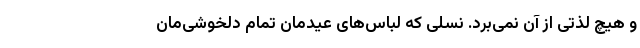
و هیچ لذتی از آن نمی‌برد. نسلی که لباس‌های عیدمان تمام دلخوشی‌مان